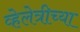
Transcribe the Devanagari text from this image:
व्हेलेत्रीच्या